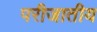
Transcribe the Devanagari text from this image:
परीजातीय